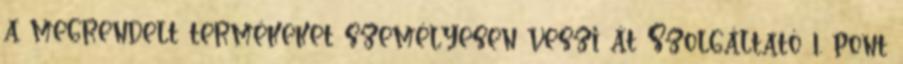
a megrendelt termékeket személyesen veszi át Szolgáltató 1. pont